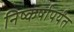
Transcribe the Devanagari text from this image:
निष्कर्षापर्यंत